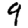
Digit: 9